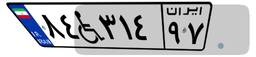
۸۴W۳۱۴۹۷